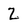
Character: 2